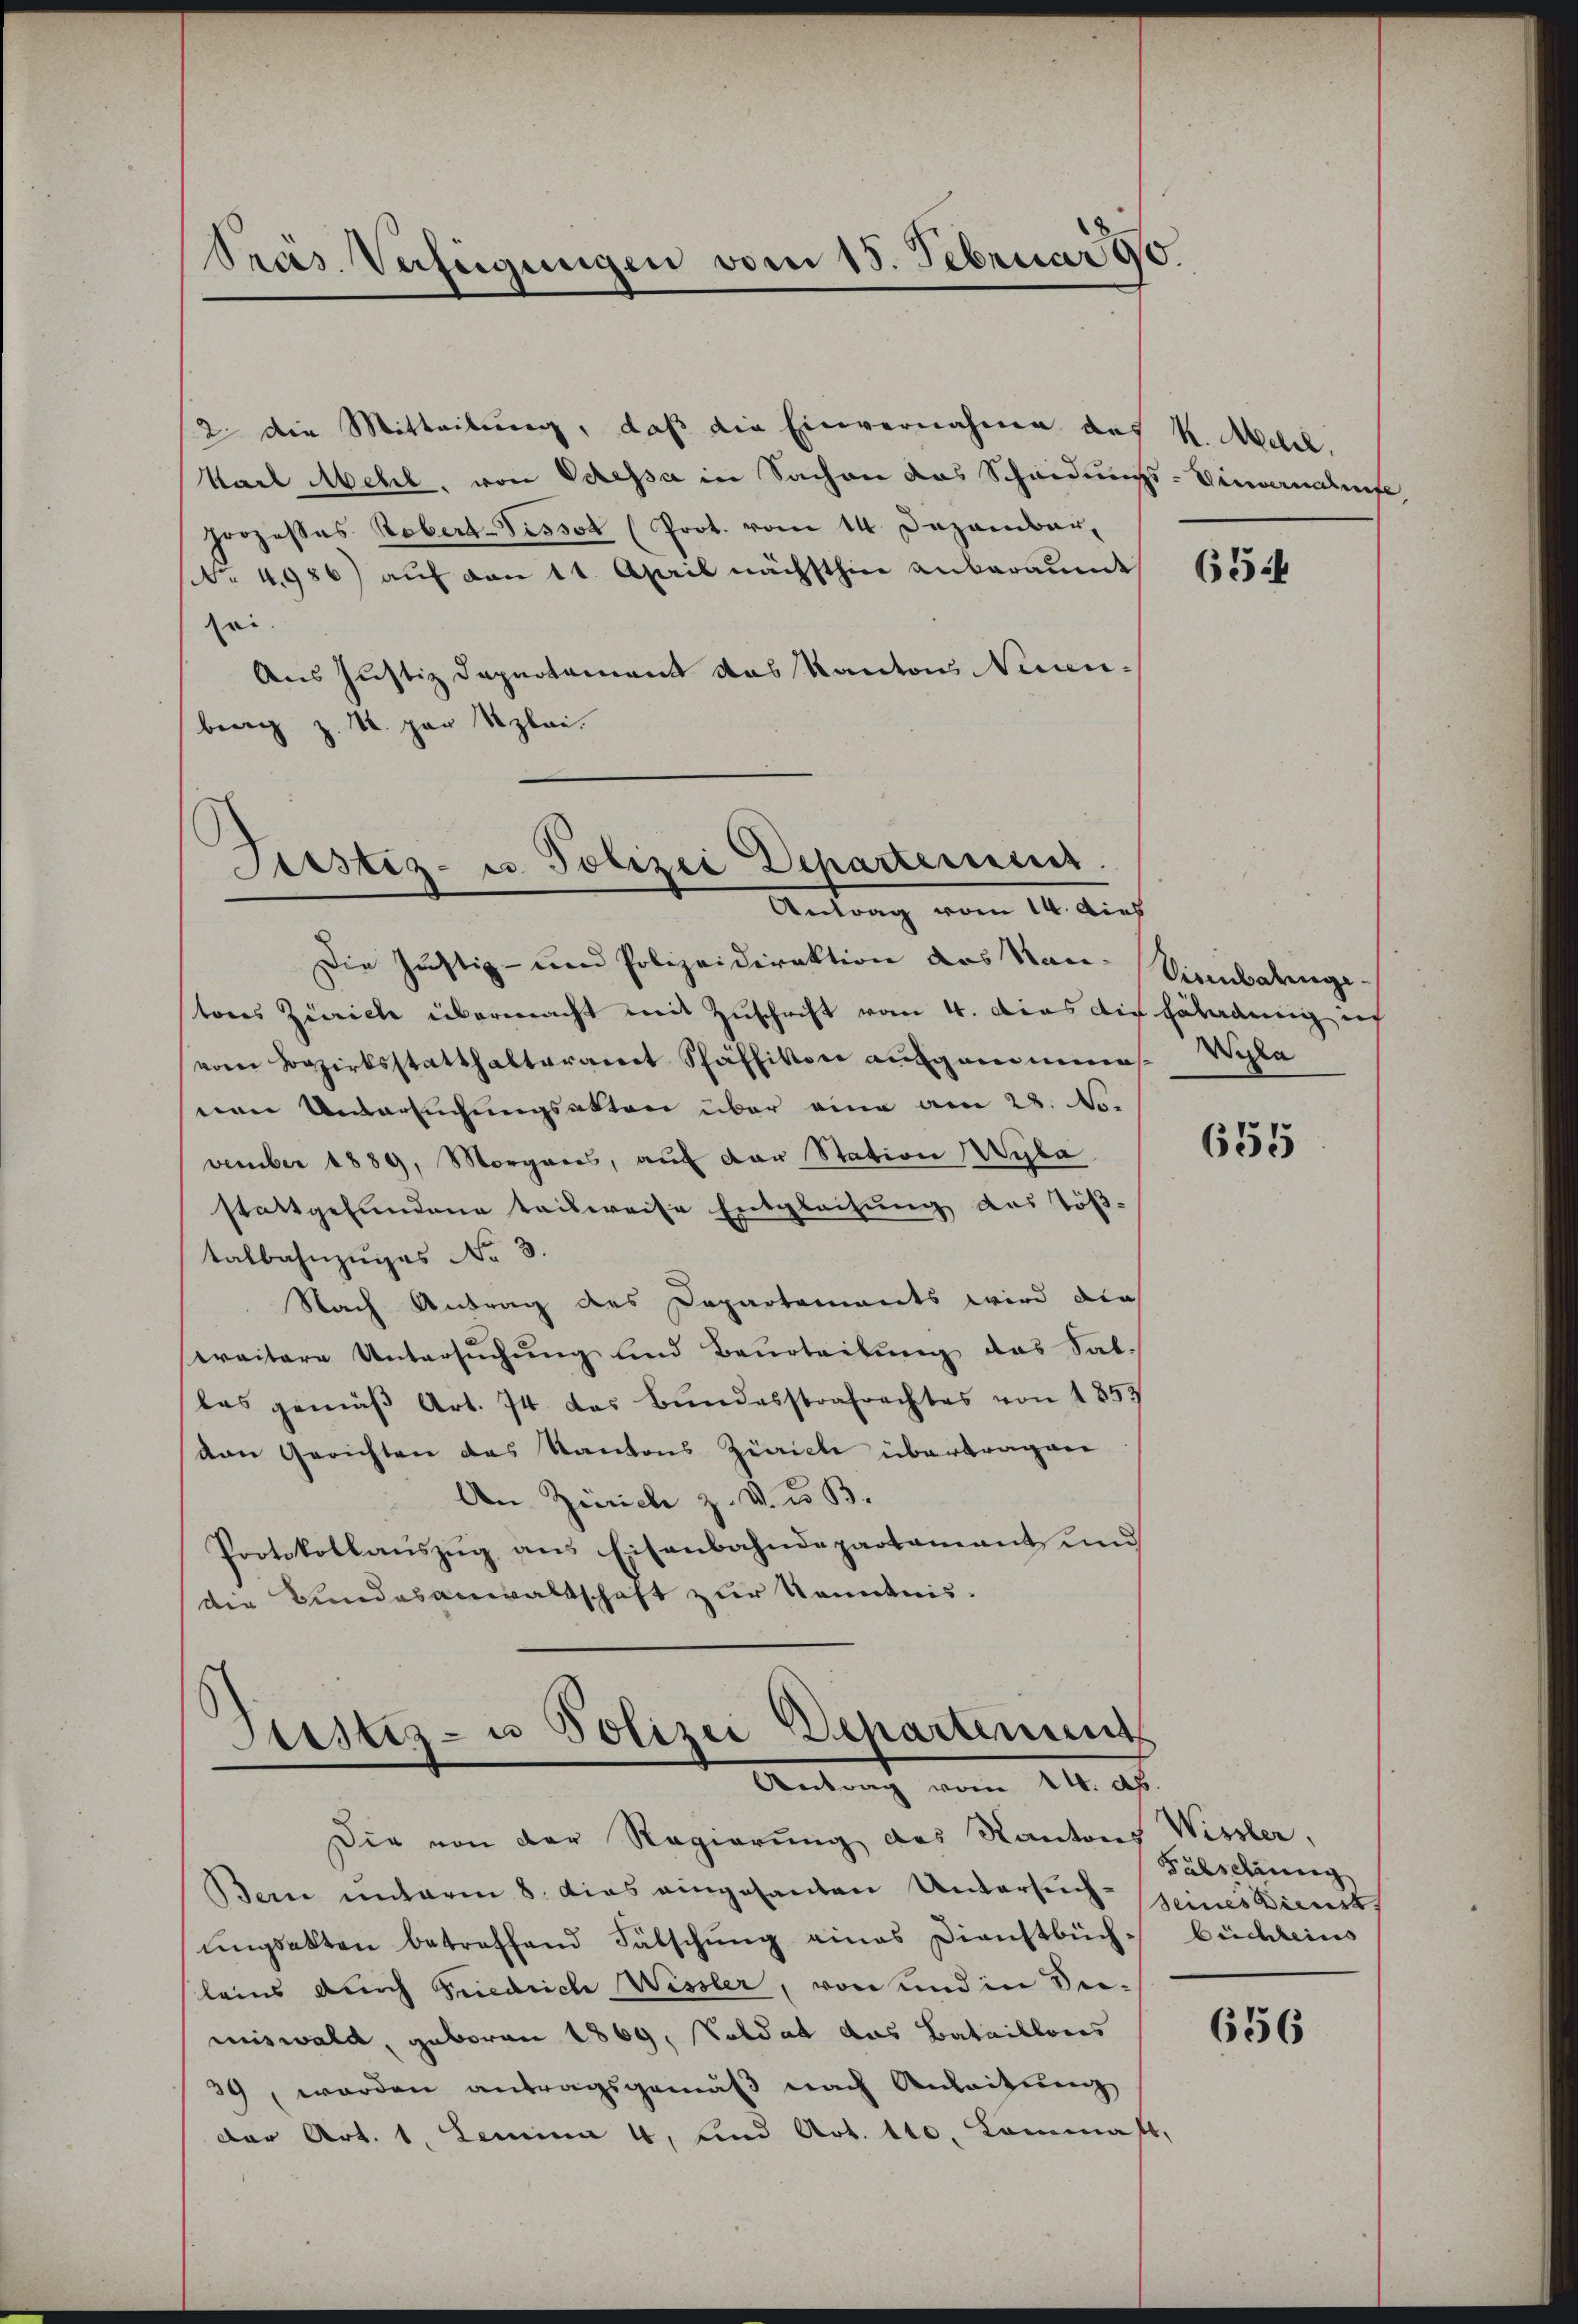
Pras Verfügungen vom 15. Februar 10

2 die Mitteilung, daß die Einvernahme des k. Mell.
Karl Mehl, von Veressa in Sachen das Scheidungs-Einwandlunge,
prozesses Robert-Tissot (Prot. vom 14. Dezember,
No. 4986) auf den 11. April nächsthier anberaumt
sei-
Aus Justiz Dapartement das Kantons Neuen-
berg z. R. par Uzlei.

Sistiz- u. Polizei Departement.
Antrag vom 10. Auf

Die Justiz- und Polizeidirektion das Kantons Zürich übermacht mit Zuschrift vom 4. Dies die geladung ich
vom Bezirksstatthalteramt Schäffikon aufgenommen- Wyla
nen Untersuchungsakten über eine am 28. No.
vember 1889, Morganes, aŭf der Station Wyla
stattgefundene teilweise Entgleihung des Töß-
talbahnzuges No 3.
Nach Antrag des Departements wird die
weitere Untersuchung und Beurteilung das Sallas gemäβ Art. 74 das Bundesstrafrachtes von 1853
von Gerichten das Kantons Zürich übertragen
An Zürich z. v. u. B.
Protokollauszug aus Eisenbahndepartamant und
die Bundesanwaltschaft zur Kenntnis.

Justiz- u Polizei Departements
Antrag vom 14. A.

Die von der Regierung des Kantons Wissler,
Bern unterm 8. dies eingesanten Untersuch-seines Dienst,
ŭngsakten betreffend Fälschŭng eines Dienstbüch
leins durch Friedriche Wissler, von und in Sei-
miswald, geboren 1869, Soldat das Bataillons
39, worden antragsgemäß nach Anleitung
Der Art. 1. Lemma 4, und Art. 110. Lammast,

65

Cirnbatinge.

655

Falschung
büchleins

656